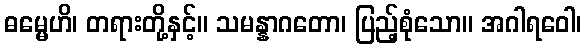
ဓမ္မေဟိ၊ တရားတို့နှင့်။ သမန္နာဂတော၊ ပြည့်စုံသော။ အဂါရဝေါ၊